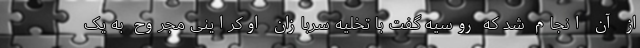
از آن انجام شد که روسیه گفت با تخلیه سربازان اوکراینی مجروح به یک